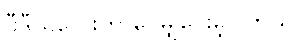
ဗီဒီယိုလေးကို ဝေမျှပေးခဲ့ပါတယ်။